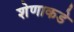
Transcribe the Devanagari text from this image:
शेणाकडे